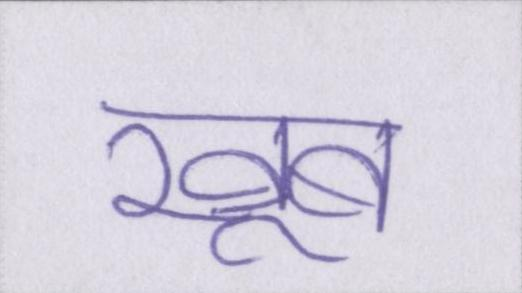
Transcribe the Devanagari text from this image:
खूब